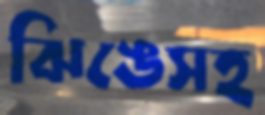
ঝিঙেসহ